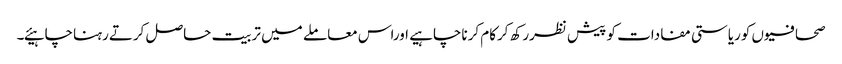
صحافیوں کوریاستی مفادات کو پیش نظررکھ کرکام کرناچاہیے اوراس معاملے میں تربیت حاصل کرتےرہناچاہیئے۔